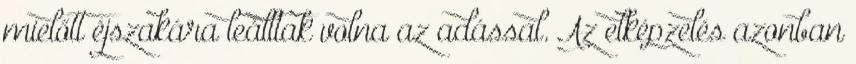
mielőtt éjszakára leálltak volna az adással. Az elképzelés azonban